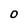
Character: O